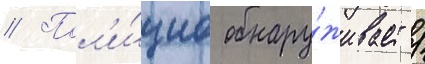
// Пол'и́циа обнару́живает /